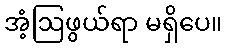
အံ့ဩဖွယ်ရာ မရှိပေ။